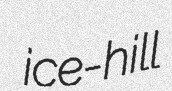
ice-hill